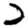
Digit: 2